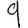
Digit: 9